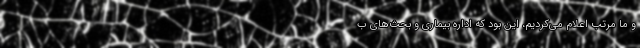
و ما مرتب اعلام می‌‌‌کردیم، این بود که اداره بیماری و بحث‌‌‌های ب